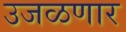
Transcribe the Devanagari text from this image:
उजळणार